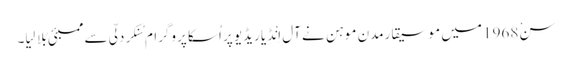
سنْ 1968 میں موسیقارمدن موہن نے آل اِنْڈِیا ریڈِیو پر اُسکا پروگرام سُنکر دِلّی سے ممبئی بُلا لِیا۔